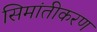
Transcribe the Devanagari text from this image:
सिमांतीकरण